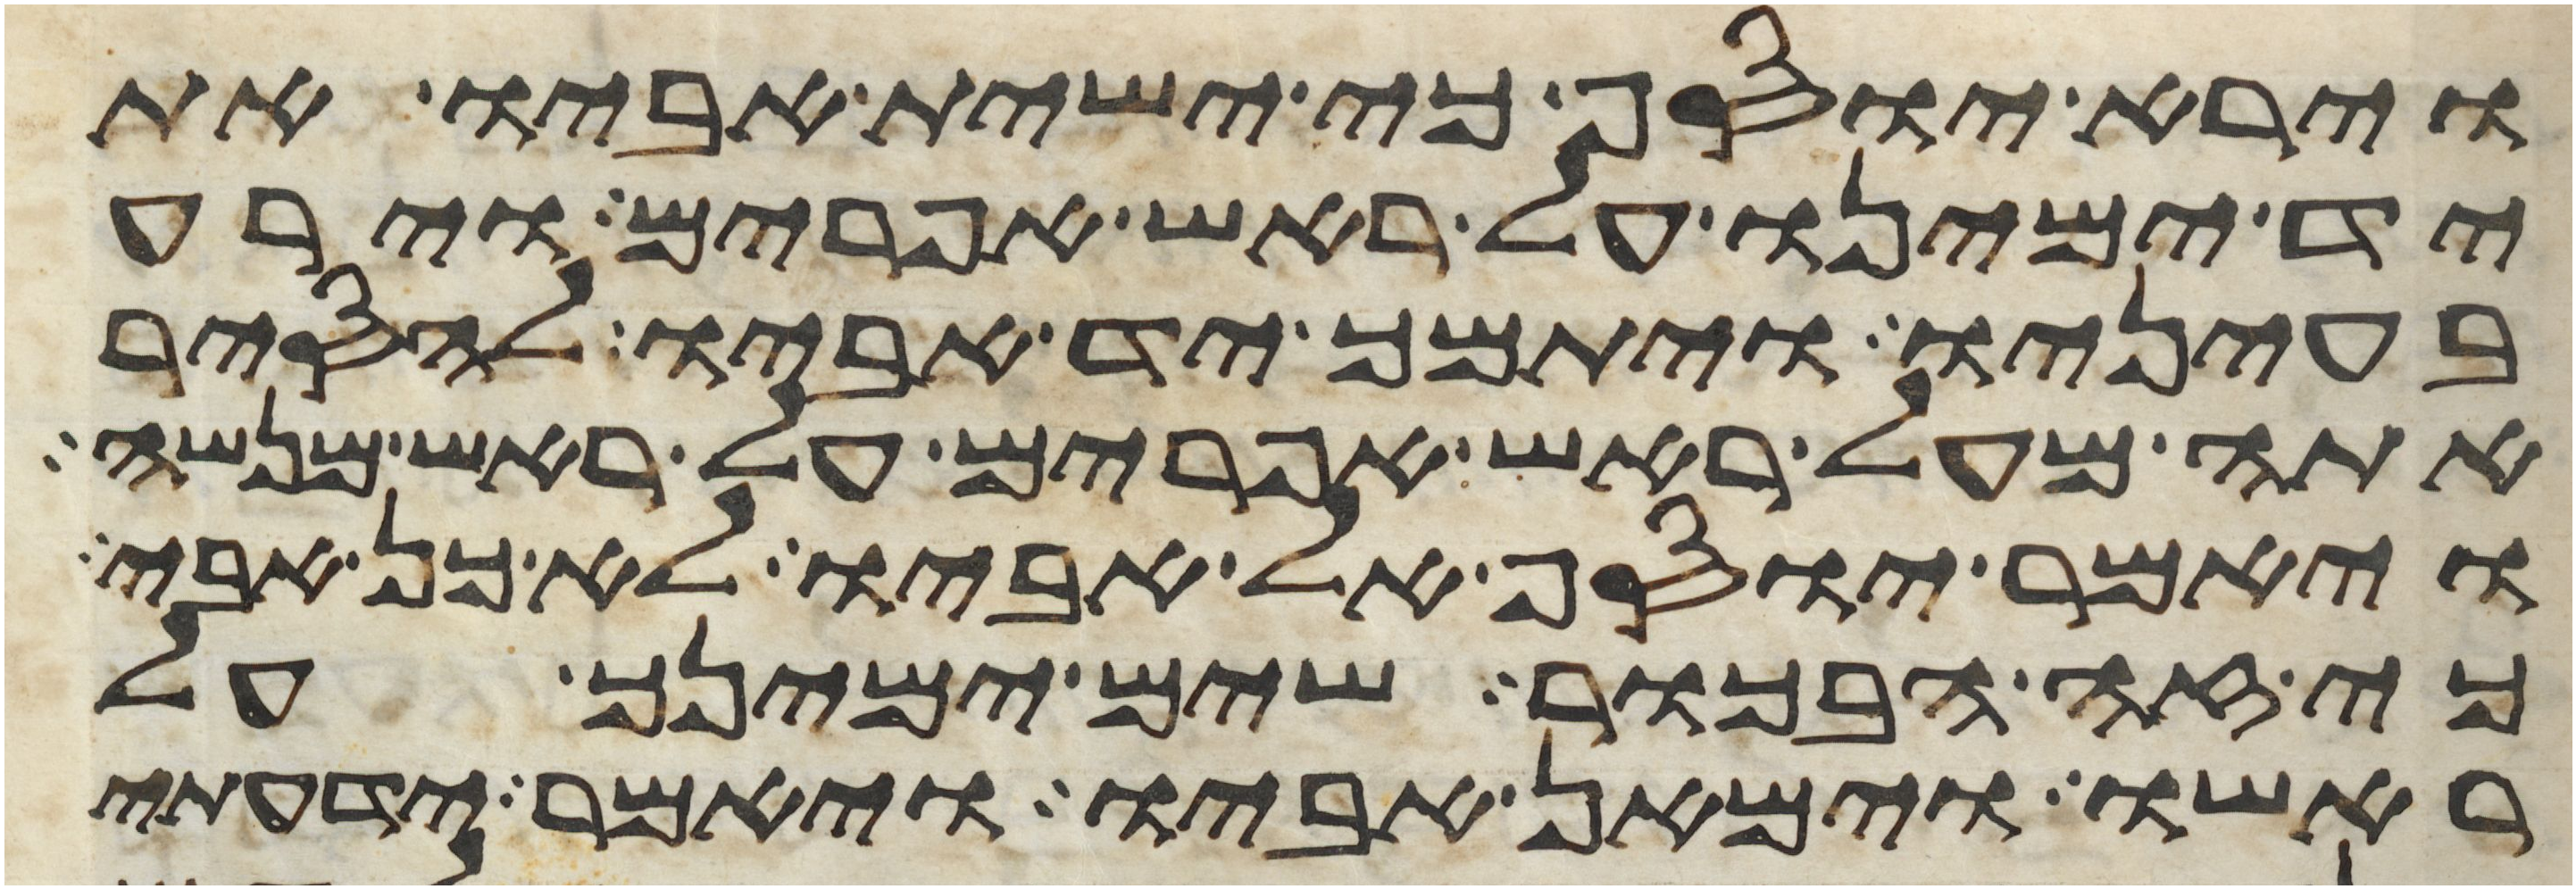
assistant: וירא יוסף כי ישית אביו את
יד ימינו על ראש אפרים וירע
בעיניו ויתמך יד אביו להסיר
אתה מעל ראש אפרים על ראש מנשה
ויאמר יוסף אל אביו לא כן אבי
כי זה הבכור שים ימינך על
ראשו וימאן אביו ויאמר ידעתי